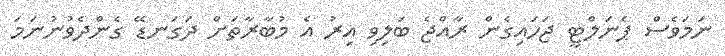
ނަމަވެސް ޕެނަލްޓީ ޖަހައިގެން ރާއްޖެ ބަލިވި އިރު އެ މުބާރާތަށް ދަގަނޑޭ ގެންދެވުނުނަމަ